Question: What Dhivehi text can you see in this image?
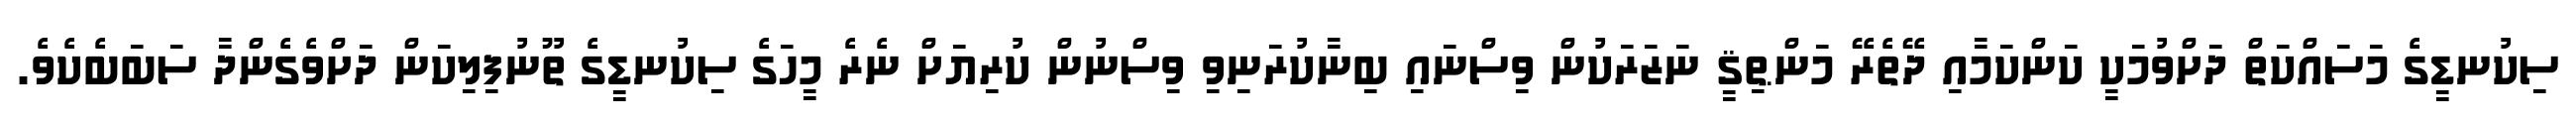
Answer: ސިކުނޑީގެ މަސައްކަތް ދަށްވުމަކީ ކަންކަމާއި ދޭތެރޭ މަންޠިޤީ ނަޒަރަކުން ވިސްނައި ބިނާކުރަނިވި ވިސްނުން ކުރިޔަށް ނެރެ މީހަގެ ސިކުނޑީގެ ތޫނުފިލިކަން ދަށްވެގެންދާ ސަބަބެކެވެ.